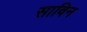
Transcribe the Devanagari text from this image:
साविन